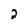
Character: 2